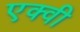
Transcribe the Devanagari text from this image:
एक्वी